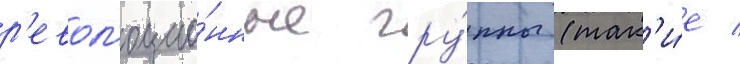
р'евол'юцио́нные гру́ппы (так'и́е /